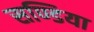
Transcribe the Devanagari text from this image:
सण्डिया